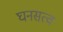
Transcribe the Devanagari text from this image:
घनसत्व